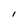
Character: I